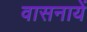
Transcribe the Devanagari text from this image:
वासनायें